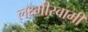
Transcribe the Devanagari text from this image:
लक्ष्मीस्वामी